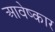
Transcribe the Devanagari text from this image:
आवेष्कार